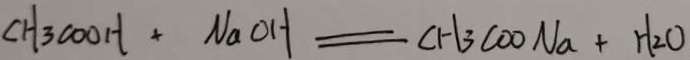
C H _ { 3 } C O O H + N a O H = C H _ { 3 } C O O N a + H _ { 2 } O